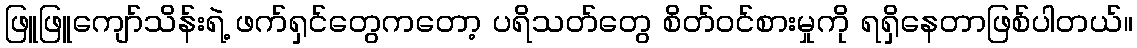
ဖြူဖြူကျော်သိန်းရဲ့ ဖက်ရှင်တွေကတော့ ပရိသတ်တွေ စိတ်ဝင်စားမှုကို ရရှိနေတာဖြစ်ပါတယ်။